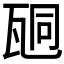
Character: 𤭆